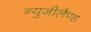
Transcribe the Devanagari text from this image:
न्युजीलैण्ड